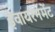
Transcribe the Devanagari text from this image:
इंवायरनमेंट